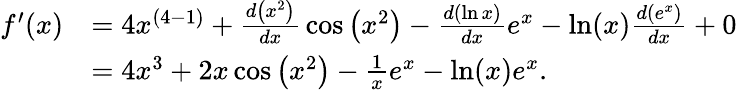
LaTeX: {\begin{array}{rl}{f^{\prime}(x)}&{=4x^{(4-1)}+{\frac{d\left(x^{2}\right)}{dx}}\cos\left(x^{2}\right)-{\frac{d\left(\ln{x}\right)}{dx}}e^{x}-\ln(x){\frac{d\left(e^{x}\right)}{dx}}+0}\\ &{=4x^{3}+2x\cos\left(x^{2}\right)-{\frac{1}{x}}e^{x}-\ln(x)e^{x}.}\end{array}}